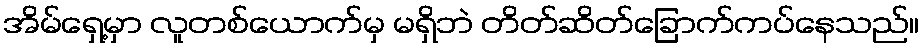
အိမ်ရှေ့မှာ လူတစ်ယောက်မှ မရှိဘဲ တိတ်ဆိတ်ခြောက်ကပ်နေသည်။